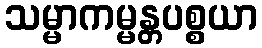
သမ္မာကမ္မန္တပစ္စယာ